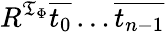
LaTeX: R^{{\mathfrak{T}}_{\Phi}}{\overline{{t_{0}}}}\ldots{\overline{{t_{n-1}}}}